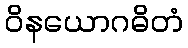
ဝိနယောဂဓိတံ